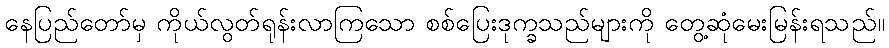
နေပြည်တော်မှ ကိုယ်လွတ်ရုန်းလာကြသော စစ်ပြေးဒုက္ခသည်များကို တွေ့ဆုံမေးမြန်းရသည်။